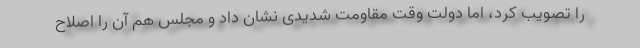
را تصویب کرد، اما دولت وقت مقاومت شدیدی نشان داد و مجلس هم آن را اصلاح